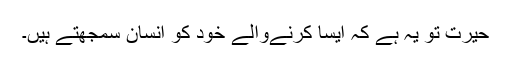
حیرت تو یہ ہے کہ ایسا کرنےوالے خود کو انسان سمجھتے ہیں۔